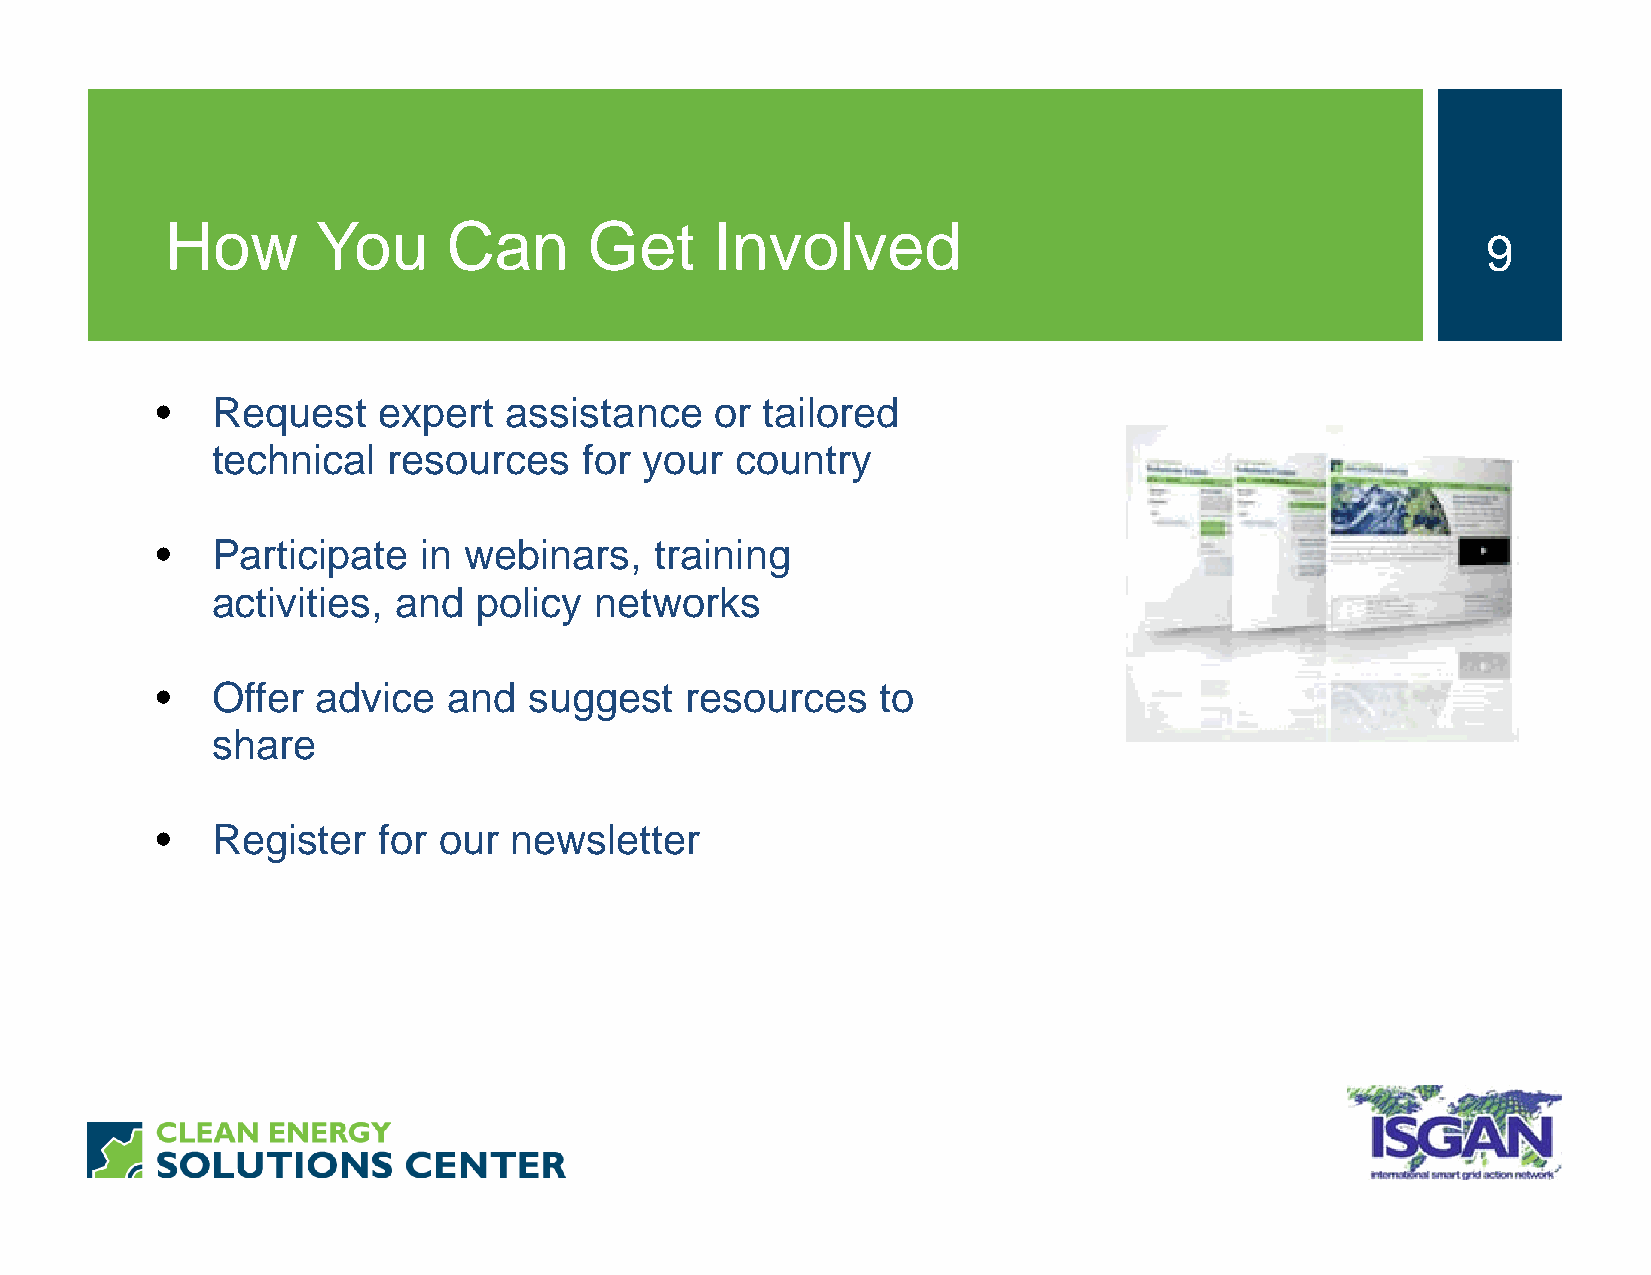
How       You      Can      Get     Involved
 9
 •   Request    expert  assistance    or tailored
 technical   resources    for your  country
 •   Participate   in webinars,   training
 activities, and  policy  networks
 •   Offer  advice   and  suggest   resources    to
 share
 •   Register   for our  newsletter